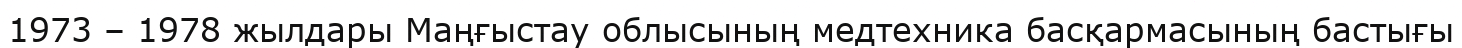
1973 – 1978 жылдары Маңғыстау облысының медтехника басқармасының бастығы